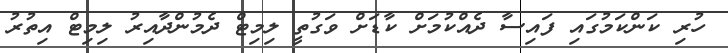
ހުރި ކަންކަމުގައި ފައިސާ ދެއްކުމަށް ކާޑަށް ވަގުތީ ލިމިޓް ދެމުންދާއިރު ލިމިޓް އިތުރު